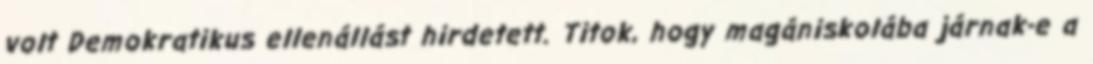
volt Demokratikus ellenállást hirdetett. Titok, hogy magániskolába járnak-e a